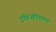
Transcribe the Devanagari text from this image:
इथिओपियाचा